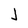
Character: J